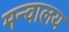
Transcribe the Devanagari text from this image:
मन्वालय